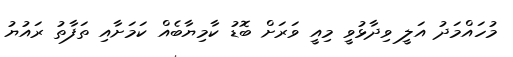
މުހައްމަދު އަލީ ވިދާޅުވީ މިއީ ވަރަށް ބޮޑު ކާމިޔާބެއް ކަމަށާއި ތަފާތު ރައުޔު